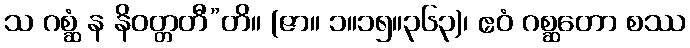
သ ဂစ္ဆံ န နိဝတ္တတီ”တိ။ (ဇာ။ ၁။၁၅။၃၆၃)၊ ဧဝံ ဂစ္ဆတော စဿ